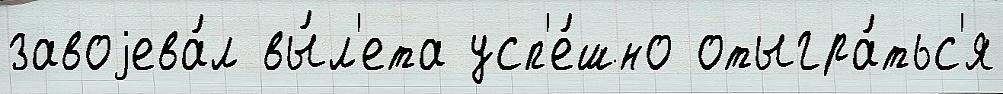
завоjева́л вы́л'ета усп'е́шно отыгра́тьс'я